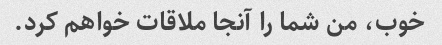
خوب، من شما را آنجا ملاقات خواهم کرد.